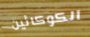
الكوكائين